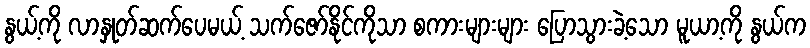
နွယ့်ကို လာနှုတ်ဆက်ပေမယ့် သက်ဇော်နိုင်ကိုသာ စကားများများ ပြောသွားခဲ့သော မူယာ့ကို နွယ်က